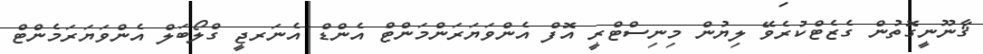
ޤާނޫނީގޮތުން ގެޒެޓްކުރެވޭ ލިޔުން މިނިސްޓްރީ އޮފް އެންވަޔަރަންމަންޓް އެންޑް އެނަރޖީ ގްލޯބަލް އެންވަޔަރަމެންޓް